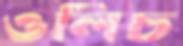
ওলিচ